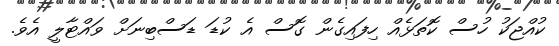
ކުއްޖަކު ހުސް ކޮތަޅެއް ހިފައިގެން ގޮސް އެ ކުޑަ ޑަސްބިނަށް ވައްޓާލީ އެވެ.